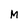
Character: M